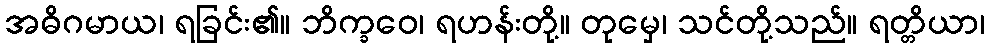
အဓိဂမာယ၊ ရခြင်း၏။ ဘိက္ခဝေ၊ ရဟန်းတို့။ တုမှေ၊ သင်တို့သည်။ ရတ္တိယာ၊